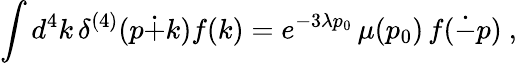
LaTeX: \int d^{4}k\, \delta^{(4)}(p\dot{+}k)f(k)=e^{-3\lambda p_{0}}\, \mu(p_{0})\, f(\dot{-}p)~,